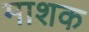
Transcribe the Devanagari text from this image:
माशक